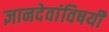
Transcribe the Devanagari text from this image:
ज्ञानदेवांविषयी